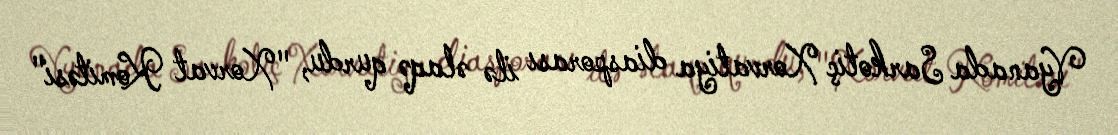
Vyanada Sarkotiç Xorvatiya diasporası ilə əlaqə qurdu, "Xorvat Komitəsi"